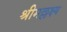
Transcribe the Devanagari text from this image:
श्रीमल्लक्ष्य